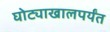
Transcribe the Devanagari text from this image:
घोट्याखालपर्यंत